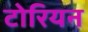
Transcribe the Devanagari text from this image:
टोरियन